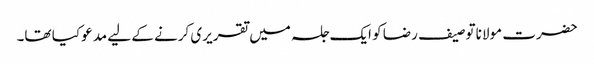
حضرت مولانا توصیف رضا کو ایک جلسہ میں تقریری کرنے کے لیے مدعو کیا تھا۔